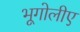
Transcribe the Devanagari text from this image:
भूगोलीए